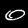
Digit: 0